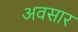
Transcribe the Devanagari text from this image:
अवसार